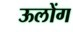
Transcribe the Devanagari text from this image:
ऊलोंग